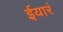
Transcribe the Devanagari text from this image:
ईयारं